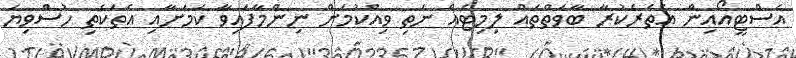
އެސްޓީއޯއިން އެތެރެކުރާ ބާވަތްތައް ލިމިޓެއް ނެތި ވިއްކުމަށް ނިންމާފައިވާ ކަމަށާއި އެތަކެތި ހުސްވިޔަ